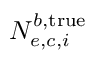
N _ { e , c , i } ^ { b , \mathrm { t r u e } }